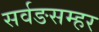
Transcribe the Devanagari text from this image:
सर्वङसम्हर